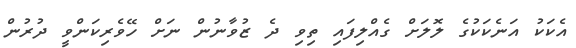
އެކަކު އަނެކަކުގެ ލޮލަށް ގެއްލިފައި ތިވި ދެ ޒުވާނުން ނަށް ހޭވެރިކަންވީ ދުރުން